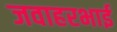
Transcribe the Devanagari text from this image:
जवाहरभाई